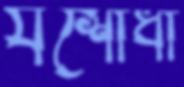
যশোধা